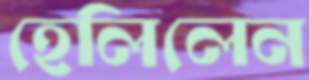
হেলিলেন